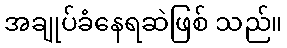
အချုပ်ခံနေရဆဲဖြစ် သည်။